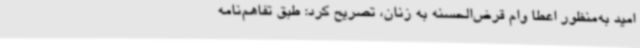
امید به‌منظور اعطا وام قرض‌الحسنه به زنان، تصریح کرد: طبق تفاهم‌نامه